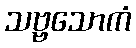
သဗ္ဗသောကံ